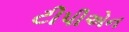
ટીપીએન